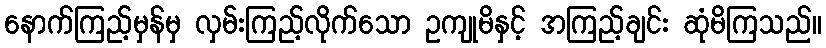
နောက်ကြည့်မှန်မှ လှမ်းကြည့်လိုက်သော ဥကျုမိနှင့် အကြည့်ချင်း ဆုံမိကြသည်။